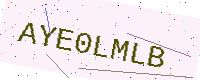
Text: AYE0LMLB